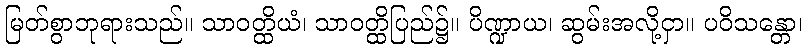
မြတ်စွာဘုရားသည်။ သာဝတ္ထိယံ၊ သာဝတ္ထိပြည်၌။ ပိဏ္ဍာယ၊ ဆွမ်းအလို့ငှာ။ ပဝိသန္တော၊